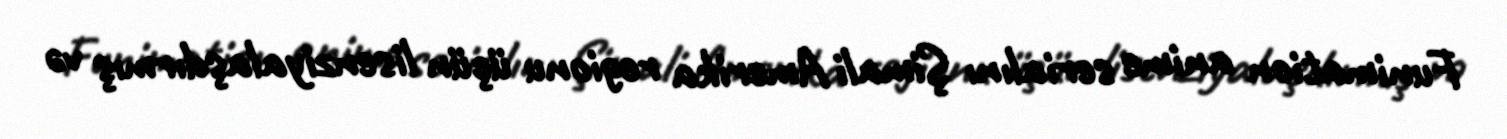
Funimation anime serialını Şimali Amerika regionu üçün lisenziyalaşdırmış və